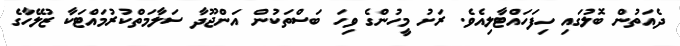
ދެއަތުން ބޮލުގައި ހިފަހައްޓާލިއެވެ. ރަށު މީހުންގެ ވިހަ ބަސްތަކުން އަންޖޫދާ ސަލާމަތްކުރުމައްޓަކާ ޒުލޭހާގެ